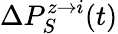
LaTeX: \Delta P_{S}^{z\rightarrow i}(t)